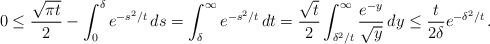
LaTeX: \begin{align*} 0\leq \frac{\sqrt{\pi t}}{2} - \int_0^\delta e^{-s^2/t}\, ds = \int_\delta^\infty e^{-s^2/t}\, dt = \frac{\sqrt{t}}{2}\int_{\delta^2/t}^\infty \frac{e^{-y}}{\sqrt{y}}\, dy \leq \frac{t}{2\delta}e^{-\delta^2/t}\, .\end{align*}